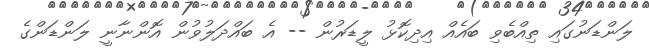
ލަންޑަނުގައި ތިއްބެވި ބައެއް އިދިކޮޅު ލީޑަރުން -- އެ ބައްދަލުވުން އޮންނާނީ ލަންޑަންގެ